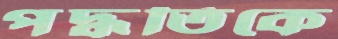
পদ্ধতিকে